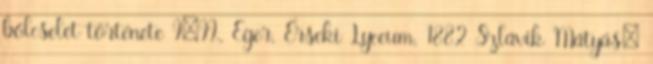
bölcselet története I–II., Eger, Érseki Lyceum, 1882 Szlávik Mátyás: